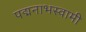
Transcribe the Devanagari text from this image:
पद्मनाभस्‍वामी